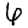
Digit: 6